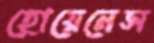
হোয়েনেস